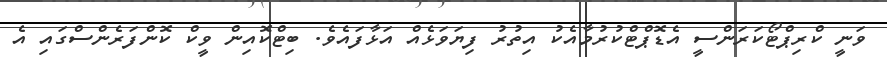
ވަނީ ކްރިޕްޓޯކަރަންސީ އެޑޮޕްޓްކުރުމާއެކު އިތުރު ފިޔަވަޅެއް އަޅާފައެވެ. ބިޓްކޮއިން ވީކް ކޮންފަރެންސްގައި އެ